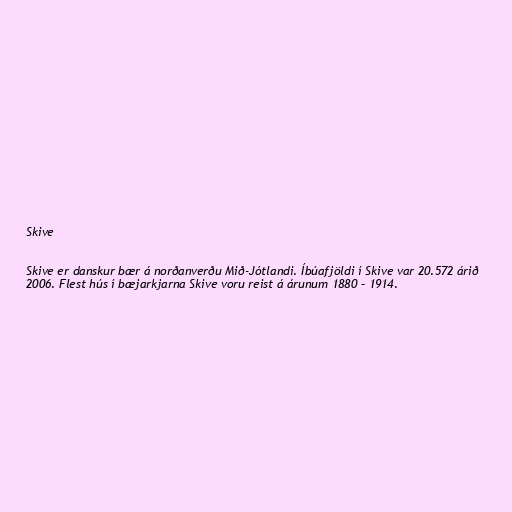
Skive

Skive er danskur bær á norðanverðu Mið-Jótlandi. Íbúafjöldi í Skive var 20.572 árið
2006. Flest hús í bæjarkjarna Skive voru reist á árunum 1880 – 1914.